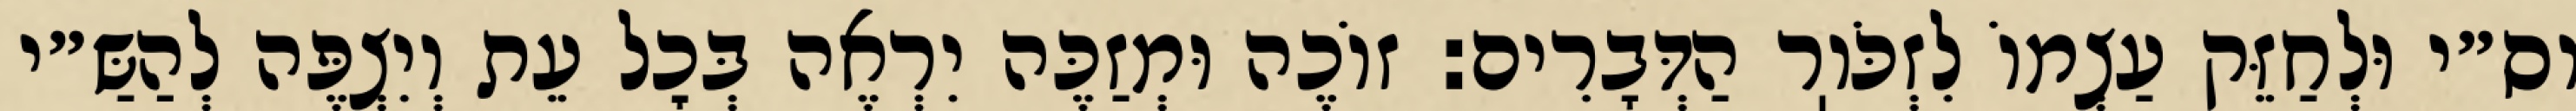
וס״י וּלְחַזֵּק עַצְמוֹ לִזְכֹּוֽר הַדְּבָרִים: זוֹכֶה וּמְזַכֶּה יִרְאֶה בְּכׇל עֵת וְיִצְפֶּה לְהַשַּ״י